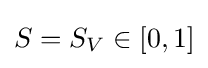
S=S_{V}\in [0,1]